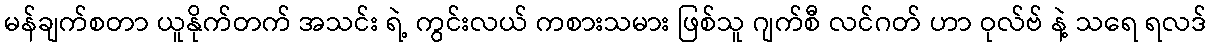
မန်ချက်စတာ ယူနိုက်တက် အသင်း ရဲ့ ကွင်းလယ် ကစားသမား ဖြစ်သူ ဂျက်စီ လင်ဂတ် ဟာ ဝုလ်ဗ် နဲ့ သရေ ရလဒ်